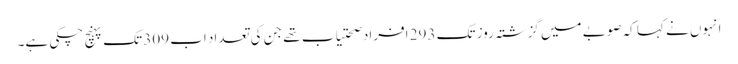
انہوں نے کہا کہ صوبے میں گزشتہ روز تک 293 افراد صحتیاب تھے جن کی تعداد اب 309 تک پہنچ چکی ہے۔